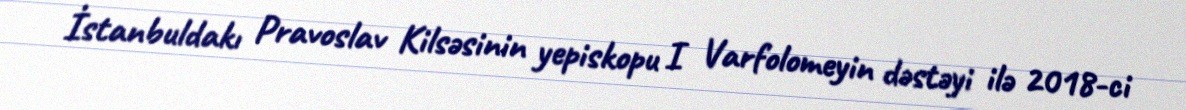
İstanbuldakı Pravoslav Kilsəsinin yepiskopu I Varfolomeyin dəstəyi ilə 2018-ci